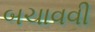
બચાવવી